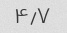
۴٫۷